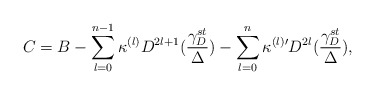
\begin{align*}C = B - \sum_{l=0}^{n-1}\kappa^{(l)} D^{2l+1}(\frac{\gamma_D^{st}}{\Delta}) -\sum_{l=0}^{n}\kappa^{(l) \prime }D^{2l}(\frac{\gamma_D^{st}}{\Delta}),\end{align*}